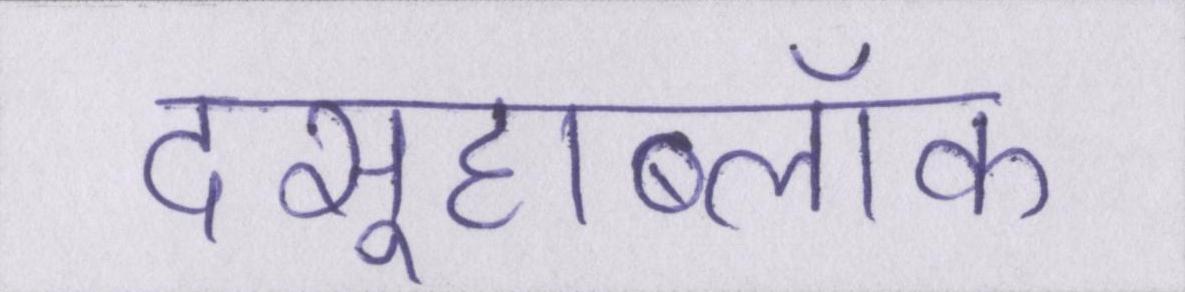
दसूहाब्लॉक